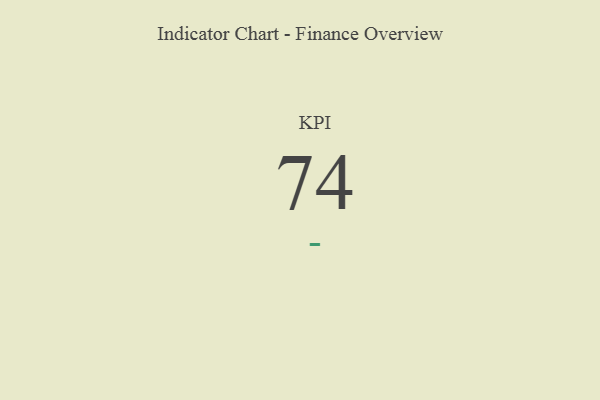
{"axis": {"x": "KPI", "y": "Value"}, "legend": [""], "data": [{"x": "KPI", "y": 74, "type": ""}]}